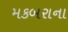
મકબરાના